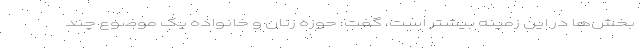
بخش‌ها در این زمینه بیشتر است، گفت: حوزه زنان و خانواده یک موضوع چند